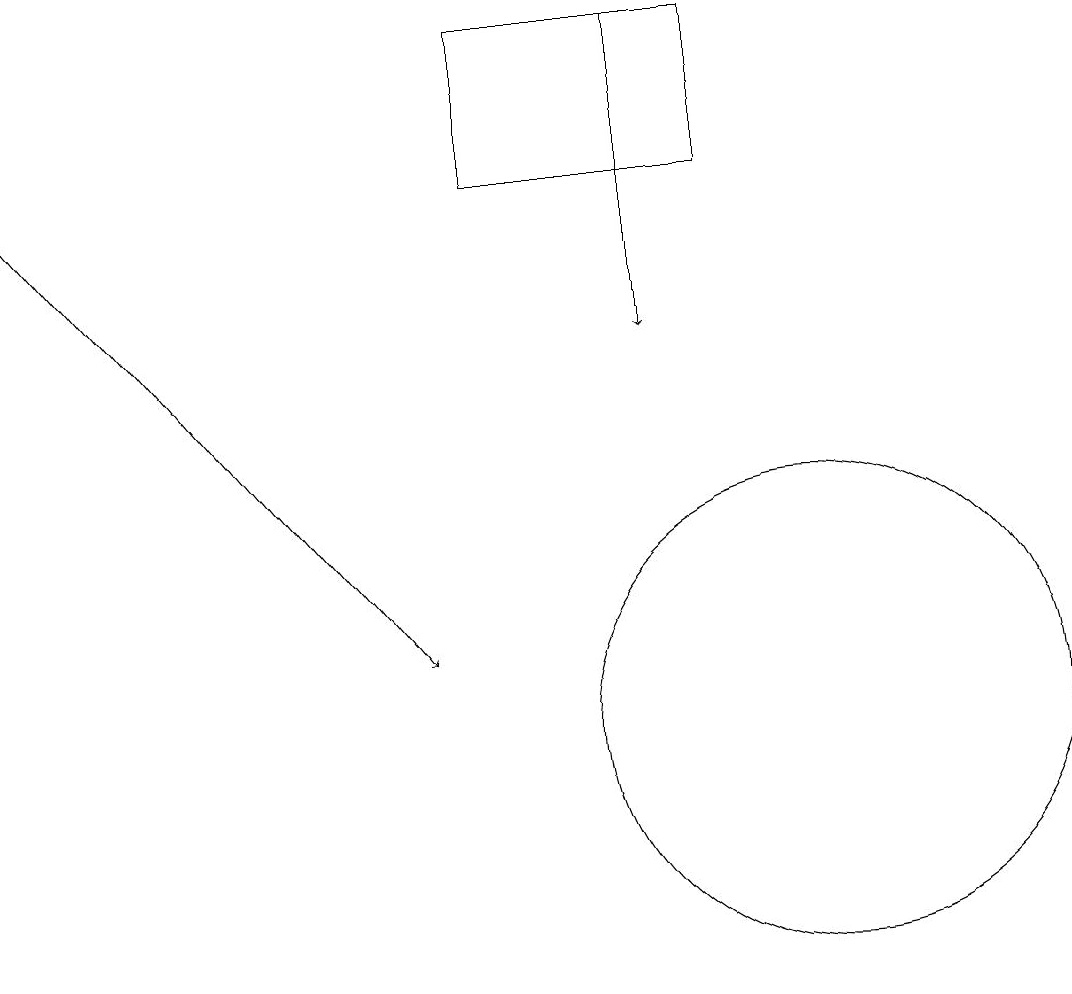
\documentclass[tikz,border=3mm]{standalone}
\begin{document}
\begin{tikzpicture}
\draw[->] (0,17) -- (5,11);
\draw (6,17) rectangle (9,19);
\draw[->] (8,19) -- (8,15);
\draw (10,10) circle (3);
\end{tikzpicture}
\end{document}